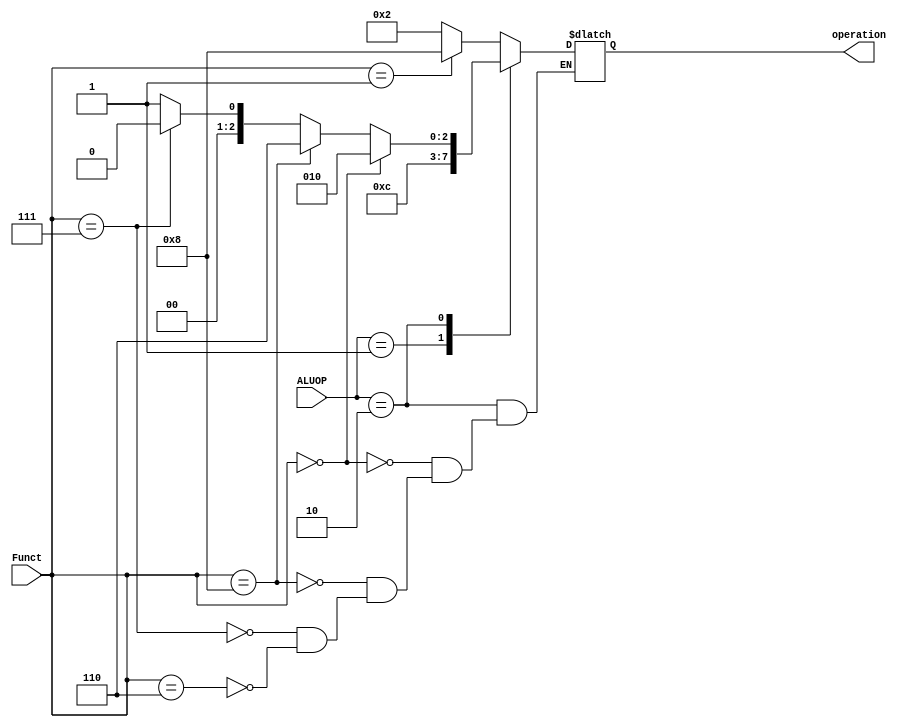
`timescale 1ns / 1ps

module ALU_Control(input[1:0]ALUOP,input[3:0]Funct,output reg[3:0]operation);
    always @(ALUOP or Funct)
    begin
    case(ALUOP)
    2'b00:
        begin
        if (Funct==4'b0001) operation<=4'b1000;
        else operation<=4'b0010;
        end
    2'b01:
        operation<=4'b0110;  
    2'b10:
        begin
        if (Funct==4'b0000) operation<=4'b0010;
        else if(Funct==4'b1000) operation<=4'b0110;
        else if(Funct==4'b0111) operation<=4'b0000;
        else if(Funct==4'b0110) operation<=4'b0001;
        end
        default: operation<=4'bxxxx;
     endcase
     end
endmodule